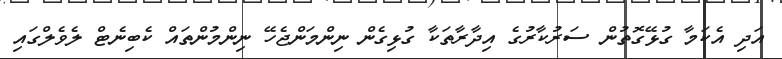
އަދި އެކަމާ ގުޅޭގޮތުން ސަރުކާރުގެ އިދާރާތަކާ ގުޅިގެން ނިންމަންޖެހޭ ނިންމުންތައް ކެބިނެޓް ލެވެލްގައި